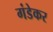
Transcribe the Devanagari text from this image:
गंडेकर